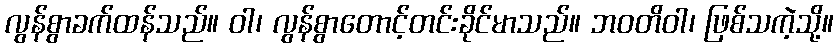
လွန်စွာခက်ထန်သည်။ ဝါ၊ လွန်စွာတောင့်တင်းခိုင်မာသည်။ ဘဝတိဝါ၊ ဖြစ်သကဲ့သို့။